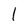
Character: 1